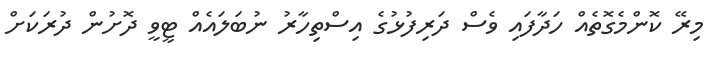
މިރޭ ކޮންމެގޮތެއް ހަދާފައި ވެސް ދަރިފުޅުގެ އިސްތިހާރު ނުބަލައެއް ޓީވީ ދޮށުން ދުރަކަށް